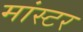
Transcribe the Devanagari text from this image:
मांस्टर